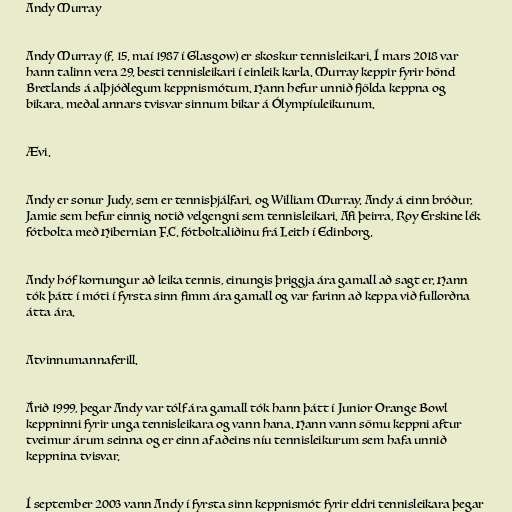
Andy Murray

Andy Murray (f. 15. maí 1987 í Glasgow) er skoskur tennisleikari. Í mars 2018 var
hann talinn vera 29. besti tennisleikari í einleik karla. Murray keppir fyrir hönd
Bretlands á alþjóðlegum keppnismótum. Hann hefur unnið fjölda keppna og
bikara, meðal annars tvisvar sinnum bikar á Ólympíuleikunum.

Ævi.

Andy er sonur Judy, sem er tennisþjálfari, og William Murray. Andy á einn bróður,
Jamie sem hefur einnig notið velgengni sem tennisleikari. Afi þeirra, Roy Erskine lék
fótbolta með Hibernian F.C. fótboltaliðinu frá Leith í Edinborg.

Andy hóf kornungur að leika tennis, einungis þriggja ára gamall að sagt er. Hann
tók þátt í móti í fyrsta sinn fimm ára gamall og var farinn að keppa við fullorðna
átta ára.

Atvinnumannaferill.

Árið 1999, þegar Andy var tólf ára gamall tók hann þátt í Junior Orange Bowl
keppninni fyrir unga tennisleikara og vann hana. Hann vann sömu keppni aftur
tveimur árum seinna og er einn af aðeins níu tennisleikurum sem hafa unnið
keppnina tvisvar.

Í september 2003 vann Andy í fyrsta sinn keppnismót fyrir eldri tennisleikara þegar